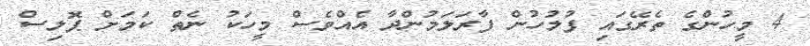
4 މީހުންގެ ތެރޭގައި ފުލުހުން ފާރަލަމުންދާ އެއްވެސް މީހަކު ނެތް ކަމަށް ޕޮލިސް